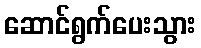
ဆောင်ရွက်ပေးသွား